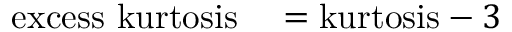
\begin{array} { r l } { { \mathrm { e x c e s s ~ k u r t o s i s } } } & { { } = { \mathrm { k u r t o s i s } } - 3 } \end{array}